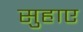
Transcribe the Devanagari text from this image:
सुहाए